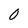
Character: 0